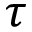
\boldsymbol { \tau }